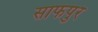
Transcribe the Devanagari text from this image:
साफपुर